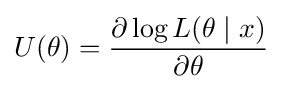
U(\theta )={\frac {\partial \log L(\theta \mid x)}{\partial \theta }}